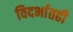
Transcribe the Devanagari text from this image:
विदर्भातही